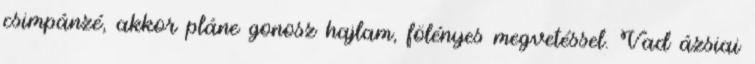
csimpánzé, akkor pláne gonosz hajlam, fölényes megvetéssel. Vad ázsiai